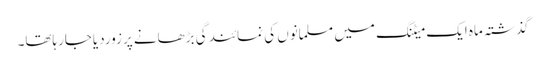
گذشتہ ماہ ایک میٹنگ میں مسلمانوں کی نمائندگی بڑھانے پرزوردیاجارہاتھا۔